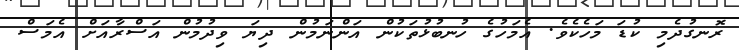
ރޮނގުދެމި ކުޑަ މަހެކެވެ. އެމަހުގެ ހުނބުޅުތަކުން އަންނަމުން ދިޔަ ވިދުމުން އަސްރާއަށް އެމަސް